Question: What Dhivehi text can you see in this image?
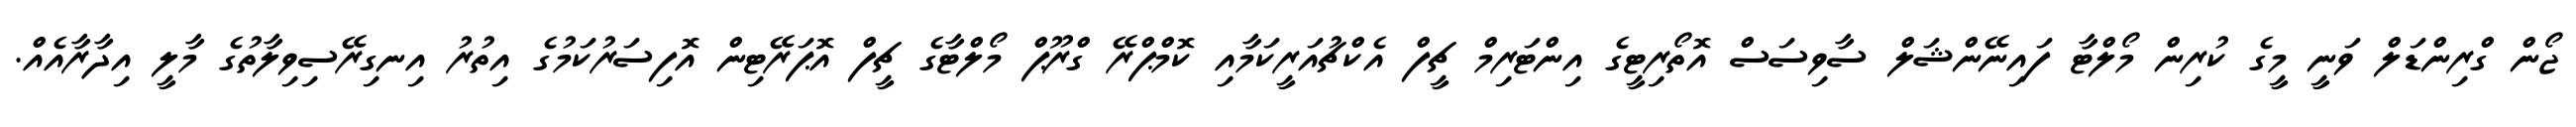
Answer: ޖޯން ގްރިންޑަލް ވަނީ މީގެ ކުރިން މޯލްޓާ ފައިނޭންޝަލް ސާވިސަސް އޮތޯރިޓީގެ އިންޓަރިމް ޗީފް އެކްޗުއަރީކަމާއި ކޮމްޕްރޭ ގްރޫޕް މޯލްޓާގެ ޗީފް އޮޕަރޭޓިން އޮފިސަރުކަމުގެ އިތުރު އިނގިރޭސިވިލާތުގެ މާލީ އިދާރާއެއް.